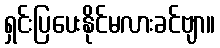
ရှင်းပြပေးနိုင်မလားခင်ဗျာ။